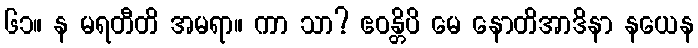
၆၁။ န မရတီတိ အမရာ။ ကာ သာ? ဧဝန္တိပိ မေ နောတိအာဒိနာ နယေန